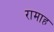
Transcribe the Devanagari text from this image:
रामाह